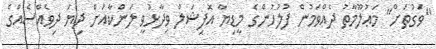
"ވަގުތަށް" މަޢުލޫމާތު ދެއްވަމުން ފުލުހުންގެ މީޑިޔާ އޮފިޝަލް ވިދާޅުވީ ލަންކާއަށް ދިޔަ ދިވެއްސެއްގެ